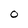
Character: O